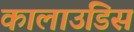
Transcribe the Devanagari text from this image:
कालाउडिस